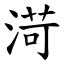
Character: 渮